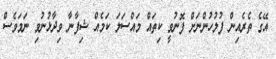
އޭގެ ތެރެއިން ފުލުހުންނަށް ފޮނުވީ ކިތައް މައްސަލަ ކަމެއް ޝިފާނާ ވިދާޅުނުވި ނަމަވެސް